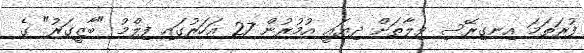
ފުރަތަމަ އިނގިރޭސި ވިލާތަށް ދިޔައީ އުމުރުން 27 އަހަރުގައި ފިލްމު "ބާޒީގަރު" ގެ